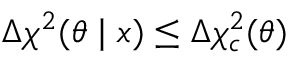
\Delta \chi ^ { 2 } ( \theta \mid x ) \le \Delta \chi _ { c } ^ { 2 } ( \theta )